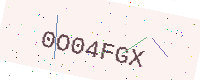
Text: 0O04FGX